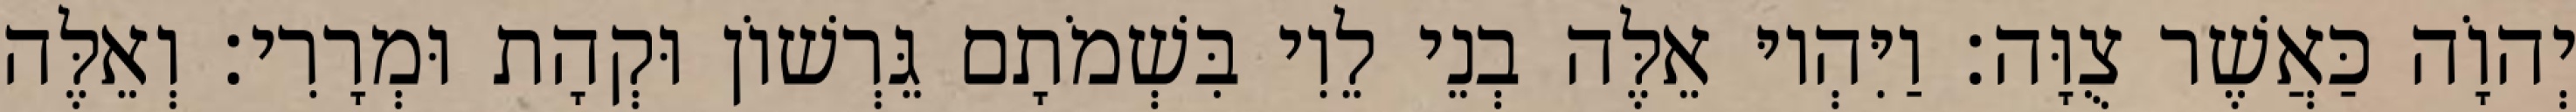
יְהוָֹה כַּאֲשֶׁר צֻוָּה׃ וַיִּהְיוּ אֵלֶּה בְנֵי לֵוִי בִּשְׁמֹתָם גֵּרְשׁוֹן וּקְהָת וּמְרָרִי׃ וְאֵלֶּה